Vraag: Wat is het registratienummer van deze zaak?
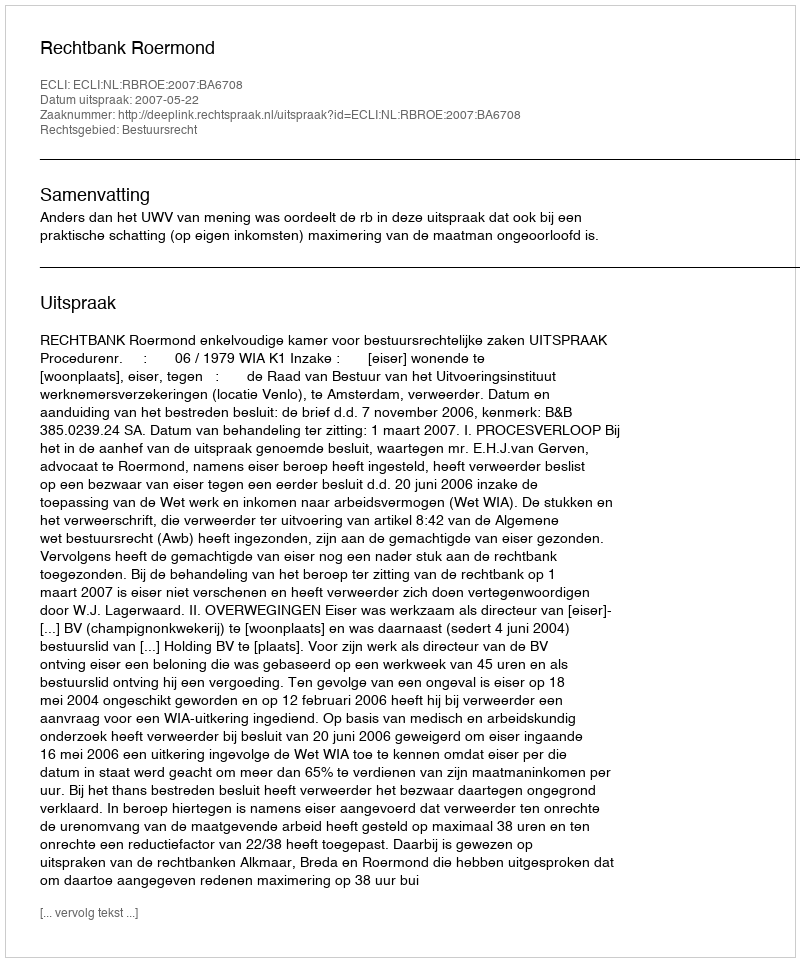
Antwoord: http://deeplink.rechtspraak.nl/uitspraak?id=ECLI:NL:RBROE:2007:BA6708